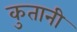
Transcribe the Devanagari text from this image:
कुतानी